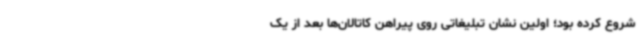
شروع کرده بود؛ اولین نشان تبلیغاتی روی پیراهن کاتالان‌ها بعد از یک